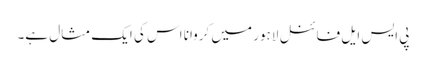
پی ایس ایل فائنل لاہور میں کروانا اس کی ایک مثال ہے۔